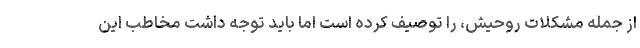
از جمله مشکلات روحیش، را توصیف کرده است اما باید توجه داشت مخاطب این